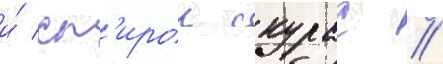
и́ сп'ирос скурас /